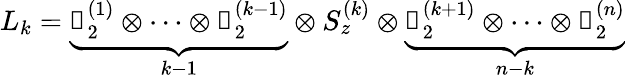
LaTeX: L_{k}=\underbrace{\mathbb{1}_{2}^{(1)}\otimes\dots\otimes\mathbb{1}_{2}^{(k-1)}}_{k-1}\otimes S_{z}^{(k)}\otimes\underbrace{\mathbb{1}_{2}^{(k+1)}\otimes\dots\otimes\mathbb{1}_{2}^{(n)}}_{n-k}